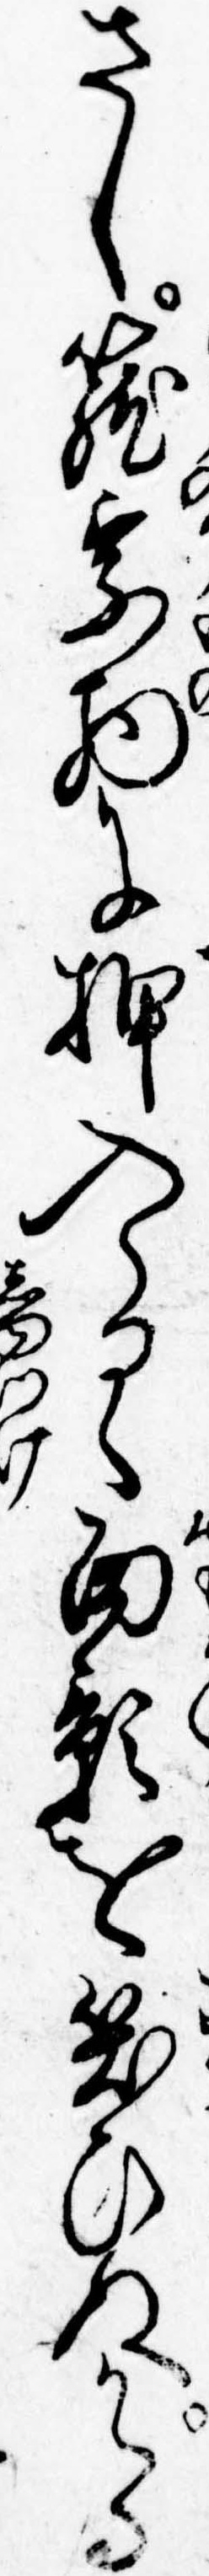
さし篭乗物に押入らるゝ面影を笑ひぬかゝる